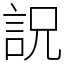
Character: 詋